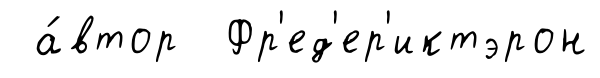
а́втор Фр'ед'ер'иктэрон